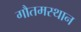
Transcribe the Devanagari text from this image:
गौतमस्थान